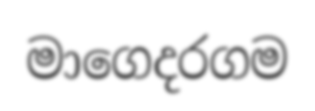
මාගෙදරගම